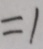
= 1